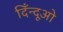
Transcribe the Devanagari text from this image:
दिँन्दूओ